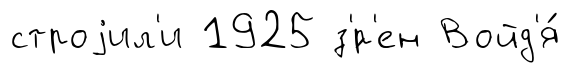
строjил'и 1925 з'́р'ен Войд'я́